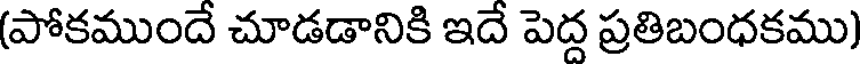
(పోకముందే చూడడానికి ఇదే పెద్ద ప్రతిబంధకము)